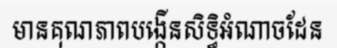
មានគុណភាពបង្កើនសិទ្ធិអំណាចដែន